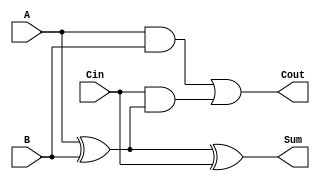
module full_adder1bit (A, B, Cin, Sum, Cout);

  // ports
  input wire A, B, Cin;
  output wire Sum, Cout;

  // sum: xor A,B Cin
  assign Sum = A ^ B ^ Cin;

  // Cout
  assign Cout = (A & B) |  (Cin & (A^B));

endmodule